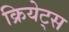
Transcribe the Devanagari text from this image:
क्रियेट्स